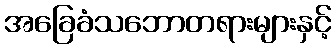
အခြေခံသဘောတရားများနှင့်